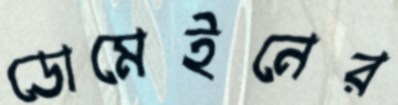
ডোমেইনের